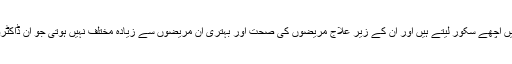
ریسرچ سے یہ بات سامنے آچکی ہے کہ انٹرنیشنل میڈیکل گریجوئیٹ ٹیسٹ میں اچھے سکور لیتے ہیں اور ان کے زیر علاج مریضوں کی صحت اور بہتری ان مریضوں سے زیادہ مختلف نہیں ہوتی جو ان ڈاکٹروں کے زیر علاج ہوں جنہوں نے امریکہ میں میڈیکل کالج سے پڑھائی کی ہو۔